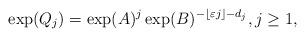
LaTeX: \begin{align*}\exp(Q_{j}) = \exp(A)^j\exp(B)^{-\lfloor \varepsilon j \rfloor -d_{j}}, j\geq 1,\end{align*}